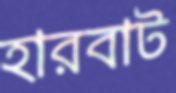
হারবাট